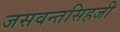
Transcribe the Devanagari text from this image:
जसवन्तसिहजी